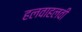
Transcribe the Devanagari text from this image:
हलवाहलवी